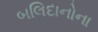
બલિદાનોના